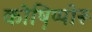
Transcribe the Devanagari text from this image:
कोष़िप्पोरू